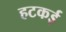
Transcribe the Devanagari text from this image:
हटकई